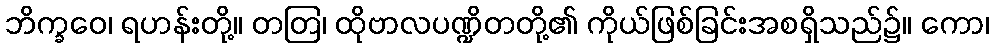
ဘိက္ခဝေ၊ ရဟန်းတို့။ တတြ၊ ထိုဗာလပဏ္ဍိတတို့၏ ကိုယ်ဖြစ်ခြင်းအစရှိသည်၌။ ကော၊